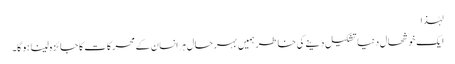
لہٰذا
ایک خوشحال دنیا تشکیل دینے کی خاطر ہمیں بہرحال ہر انسان کے محرکات کا جائزہ لینا ہو گا۔